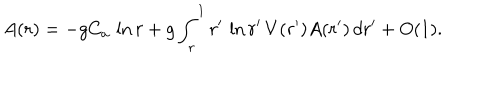
A ( r ) = - g C _ { a } \, \ln r + g \int _ { r } ^ { 1 } r ^ { \prime } \, \ln r ^ { \prime } \, V ( r ^ { \prime } ) A ( r ^ { \prime } ) \, d r ^ { \prime } + O ( 1 ) .